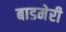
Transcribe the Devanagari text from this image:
बाडमेरी